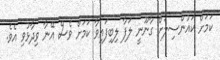
ކަމަށް ކައުންސިލަށް ގާނޫނީ ލަފާ ލިބިފައިވާ ކަމަށް ވެސް އޭނާ ވިދާޅުވި އެވެ.